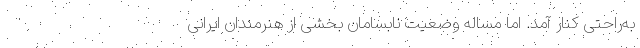
به‌راحتی کنار آمد. اما مساله وضعیت نابسامان بخشی از هنرمندان ایرانی